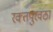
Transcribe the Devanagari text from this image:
रक्‍तपुरवठा